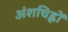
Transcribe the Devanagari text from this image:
अंशचिह्नों